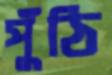
পুঁঠি